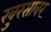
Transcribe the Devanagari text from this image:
खुरसावर